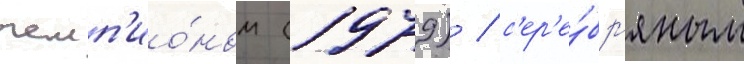
чемп'ио́ном (1979) / с'ер'е́бр'яным